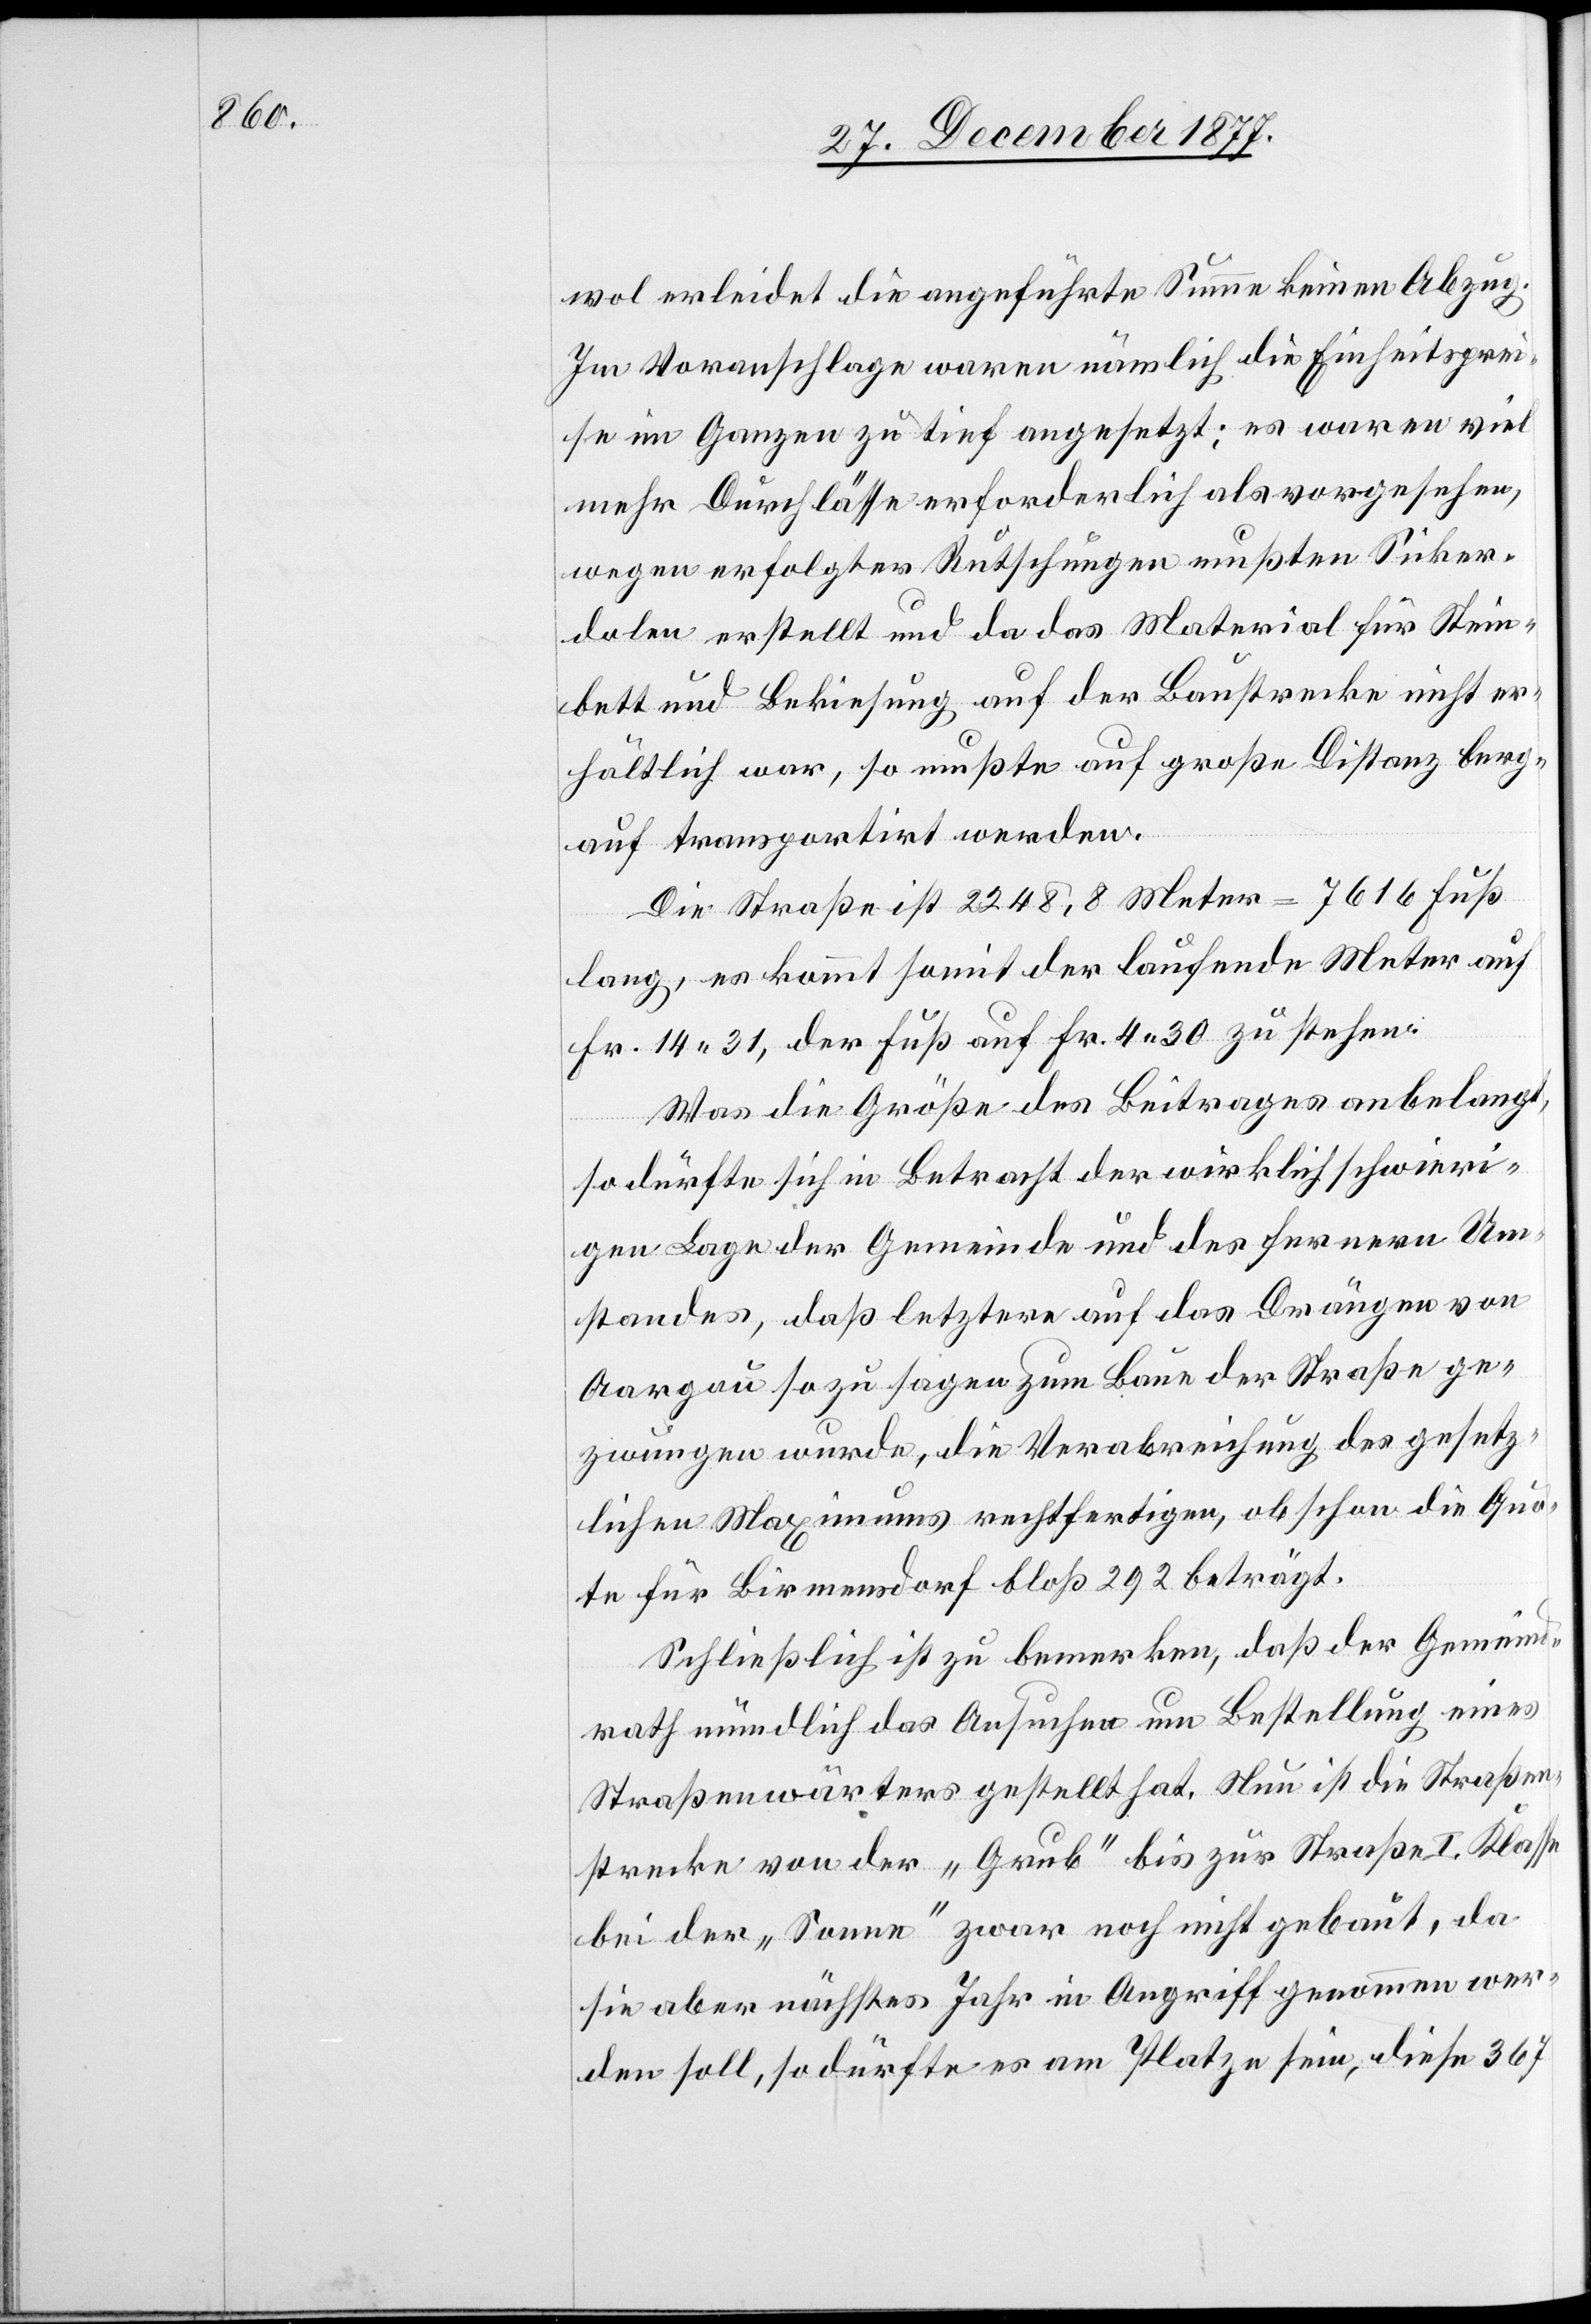
wol erleidet die angeführte Summe keinen Abzug.
Im Voranschlage waren nämlich die Einheitsprei¬
se im Ganzen zu tief angesetzt; es waren viel
mehr Durchlässe erforderlich als vorgesehen,
wegen erfolgter Rutschungen mußten Sicker¬
dolen erstellt und da das Material für Stein¬
bett und Bekiesung auf der Baustrecke nicht er¬
hältlich war, so mußte auf große Distanz berg¬
auf transportirt werden.
Die Straße ist 2248,8 Meter = 7616 Fuß
lang, es kommt somit der laufende Meter auf
Fr. 14 31, der Fuß auf Fr. 4 30 zu stehen.
Was die Größe des Beitrages anbelangt,
so dürfte sich in Betracht der wirklich schwieri¬
gen Lage der Gemeinde und des fernern Um¬
standes, daß letztere auf das Drängen von
Aargau so zu sagen zum Baue der Straße ge¬
zwungen wurde, die Verabreichung des gesetz¬
lichen Maximums rechtfertigen, obschon die Quo¬
te für Birmensdorf bloß 292 beträgt.
Schließich ist zu bemerken, daß der Gemeind¬
rath mündlich das Ansuchen um Bestellung eines
Straßenwärters gestellt hat. Nun ist die Straßen¬
strecke von der „Grub“ bis zur Straße I. Klasse
bei der „Sonne“ zwar noch nicht gebaut, da
sie aber nächstes Jahr in Angriff genommen wer¬
den soll, so dürfte es am Platze sein, diese 367